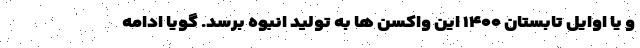
و یا اوایل تابستان ۱۴۰۰ این واکسن ها به تولید انبوه برسد. گویا ادامه